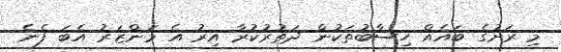
މި ރަށުގެ ބައެއް ހިސާބުތަކުން ދަތުރުކުރާ އިރު އެ މަންޒަރު އެބަ ފެނެ